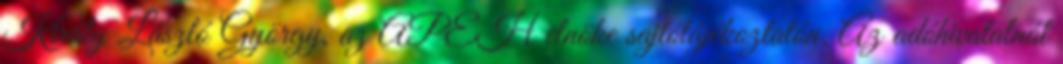
Király László György, az APEH elnöke sajtótájékoztatón. Az adóhivatalnál